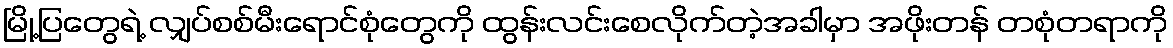
မြို့ပြတွေရဲ့ လျှပ်စစ်မီးရောင်စုံတွေကို ထွန်းလင်းစေလိုက်တဲ့အခါမှာ အဖိုးတန် တစုံတရာကို